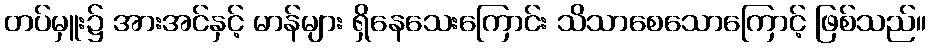
တပ်မှူး၌ အားအင်နှင့် မာန်များ ရှိနေသေးကြောင်း သိသာစေသောကြောင့် ဖြစ်သည်။